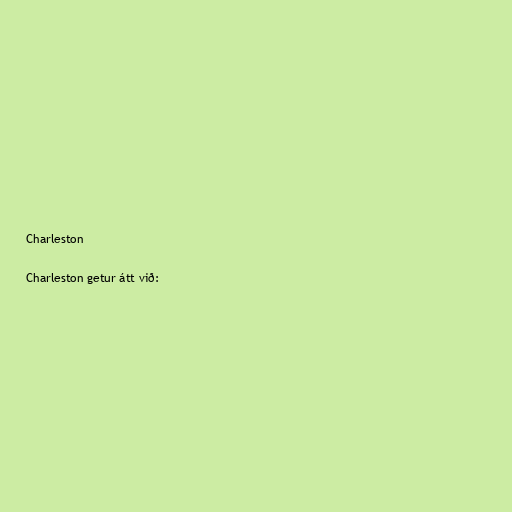
Charleston

Charleston getur átt við: